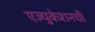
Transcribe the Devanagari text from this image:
एज्युकेशनची